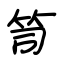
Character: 笥